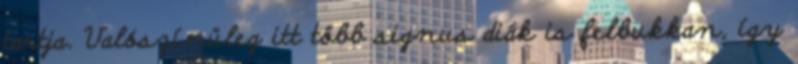
tartja. Valószínüleg itt több signus diák is felbukkan, így